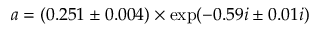
a = ( 0 . 2 5 1 \pm 0 . 0 0 4 ) \times \mathrm { e x p } ( - 0 . 5 9 i \pm 0 . 0 1 i )